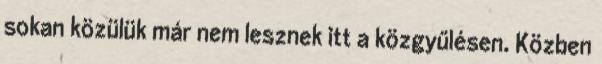
sokan közülük már nem lesznek itt a közgyűlésen. Közben